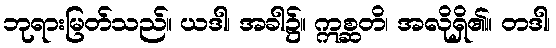
ဘုရားမြတ်သည်။ ယဒါ၊ အခါ၌။ ဣစ္ဆတိ၊ အလိုရှိ၏။ တဒါ၊